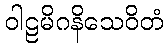
ဝါဠမိဂနိသေဝိတံ